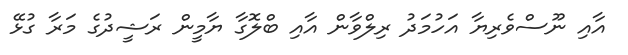
އާއި ނޫސްވެރިޔާ އަހުމަދު ރިލްވާން އާއި ބްލޮގާ ޔާމީން ރަޝީދުގެ މަރާ ގުޅޭ